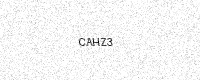
Text: CAHZ3